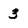
Character: 3